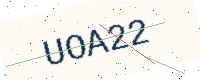
Text: UOA22